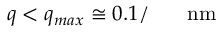
q < q _ { m a x } \cong 0 . 1 / \ensuremath { \mathrm { ~ \textrm ~ { ~ \, ~ } ~ } } \ensuremath { \mathrm { n m } }